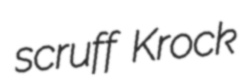
scruff Krock